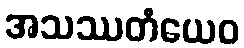
အသဿတံယေဝ